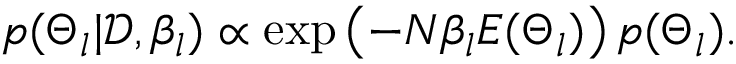
p ( \Theta _ { l } | \mathcal { D } , \beta _ { l } ) \propto \exp \left( - N \beta _ { l } E ( \Theta _ { l } ) \right) p ( \Theta _ { l } ) .